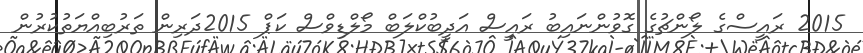
2015 ރައީސްގެ ލޯންޗުގެ ގޮވުންނައިބު ރައީސް އަދީބުކްލަބް މޯލްޑިވްސް ކަޕް 2015ދަރިން ތަރުބިއްޔަތުކުރުން